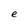
Character: e